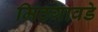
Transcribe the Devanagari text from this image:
मिठगावडे